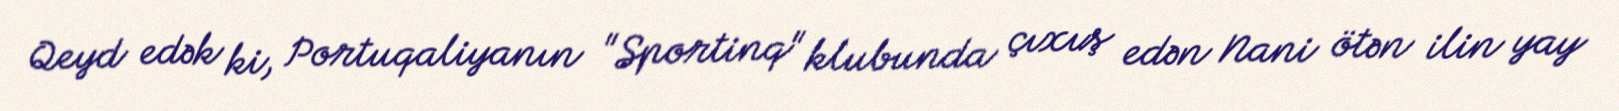
Qeyd edək ki, Portuqaliyanın "Sportinq" klubunda çıxış edən Nani ötən ilin yay